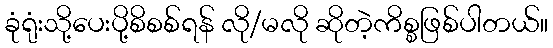
ခုံရုံးသို့ပေးပို့စိစစ်ရန် လို/မလို ဆိုတဲ့ကိစ္စဖြစ်ပါတယ်။